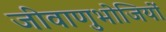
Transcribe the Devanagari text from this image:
जीवाणुभोजियों